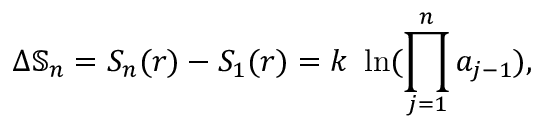
\Delta \mathbb { S } _ { n } = S _ { n } ( r ) - S _ { 1 } ( r ) = k \ \ln ( { \prod _ { j = 1 } ^ { n } a _ { j - 1 } } ) ,